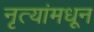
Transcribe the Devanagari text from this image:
नृत्यांमधून